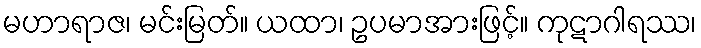
မဟာရာဇ၊ မင်းမြတ်။ ယထာ၊ ဥပမာအားဖြင့်။ ကုဋာဂါရဿ၊